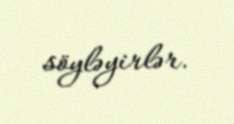
söyləyirlər.